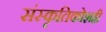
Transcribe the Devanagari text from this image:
संस्कृतिकोशही